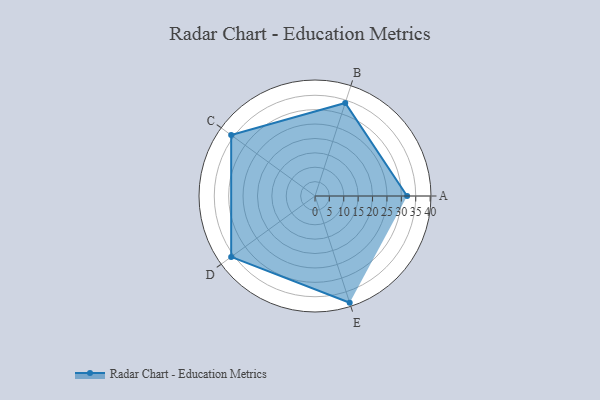
{"axis": {"x": "Skill", "y": "Score"}, "legend": ["Profile"], "data": [{"x": "A", "y": 32.0, "type": "Profile"}, {"x": "B", "y": 34.0, "type": "Profile"}, {"x": "C", "y": 36.0, "type": "Profile"}, {"x": "D", "y": 36.0, "type": "Profile"}, {"x": "E", "y": 39.0, "type": "Profile"}]}